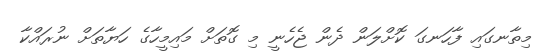
މިތާނގައި ފާހަނގަ ކޮށްލަން ދެން ޖެހެނީ މި ގޮތަށް މައިމީހާގެ ހަޔާތަށް ނުރައްކާ